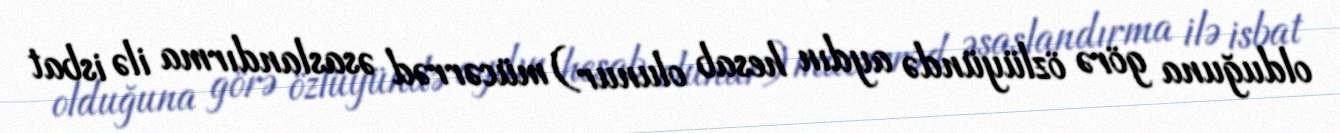
olduğuna görə özlüyündə aydın hesab olunur) mücərrəd əsaslandırma ilə isbat